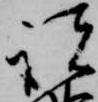
諸